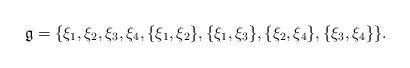
LaTeX: \begin{align*}\mathfrak{g}=\{\xi_{1},\xi_{2},\xi_{3},\xi_{4},\{\xi_{1},\xi_{2}\},\{\xi_{1},\xi_{3}\},\{\xi_{2},\xi_{4}\},\{\xi_{3},\xi_{4}\}\}.\end{align*}